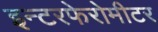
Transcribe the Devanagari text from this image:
इन्टरफेरोमीटर